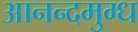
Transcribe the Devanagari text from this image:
आनन्दमुग्ध